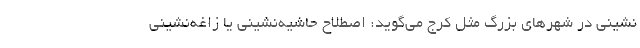
نشینی در شهرهای بزرگ مثل کرج می‌گوید: اصطلاح حاشیه‌نشینی یا زاغه‌نشینی